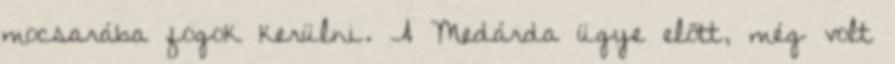
mocsarába fogok kerülni. A Medárda ügye előtt, még volt